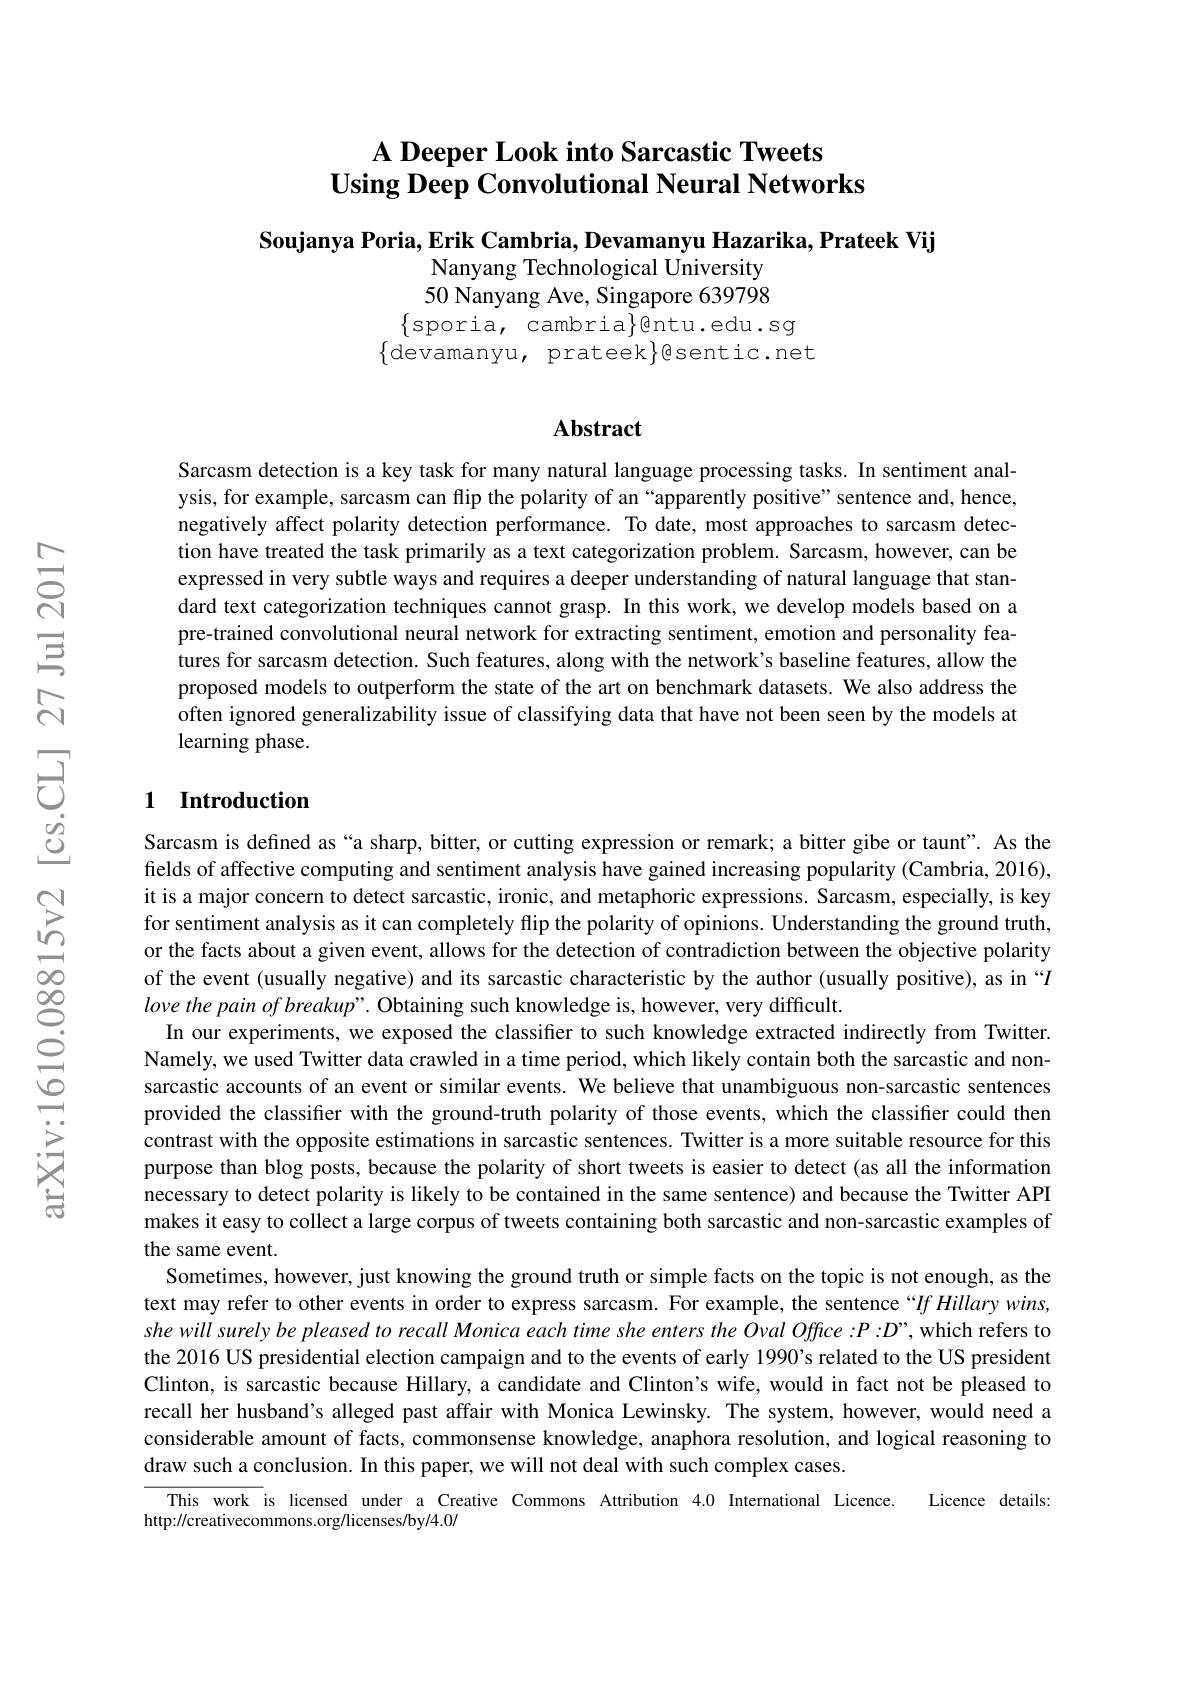
# A Deeper Look into Sarcastic Tweets Using Deep Convolutional Neural Networks

Soujanya Poria, Erik Cambria, Devamanyu Hazarika, Prateek Vij
Nanyang Technological University 50 Nanyang Ave, Singapore 639798 $\{\operatorname{sporia}$,cambria$\}$@ntu.edu.sg $\{$devamanyu, prateek$\}$gsentic.net

# Abstract

Sarcasm detection is a key task for many natural language processing tasks. In sentiment analysis, for example, sarcasm can flip the polarity of an “apparently positive”sentence and, hence, negatively affect polarity detection performance. To date, most approaches to sarcasm detection have treated the task primarily as a text categorization problem. Sarcasm, however, can be expressed in very subtle ways and requires a deeper understanding of natural language that standard text categorization techniques cannot grasp. In this work, we develop models based on a pre-trained convolutional neural network for extracting sentiment, emotion and personality features for sarcasm detection. Such features, along with the network's baseline features, allow the proposed models to outperform the state of the art on benchmark datasets. We also address the often ignored generalizability issue of classifying data that have not been seen by the models at learning phase.

## 1 Introduction

Sarcasm is defined as“a sharp, bitter, or cutting expression or remark; a bitter gibe or taunt". As the fields of affective computing and sentiment analysis have gained increasing popularity (Cambria, 2016), it is a major concern to detect sarcastic, ironic, and metaphoric expressions. Sarcasm, especially, is key for sentiment analysis as it can completely flip the polarity of opinions. Understanding the ground truth, or the facts about a given event, allows for the detection of contradiction between the objective polarity of the event (usually negative) and its sarcastic characteristic by the author (usually positive), as in “$I$ lovethe pain of breakup". Obtaining such knowledge is, however, very difficult
In our experiments, we exposed the classifier to such knowledge extracted indirectly from Twitter. Namely, we used Twitter data crawled in a time period, which likely contain both the sarcastic and nonsarcastic accounts of an event or similar events. We believe that unambiguous non-sarcastic sentences provided the classifier with the ground-truth polarity of those events, which the classifier could then contrast with the opposite estimations in sarcastic sentences. Twitter is a more suitable resource for this purpose than blog posts, because the polarity of short tweets is easier to detect (as all the information necessary to detect polarity is likely to be contained in the same sentence) and because the Twitter API makes it easy to collect a large corpus of tweets containing both sarcastic and non-sarcastic examples of the same event.
Sometimes, however, just knowing the ground truth or simple facts on the topic is not enough, as the text may refer to other events in order to express sarcasm. For example, the sentence“If Hillary wins, she will surely be pleased to recall Monica each time she enters the Oval Office :P :D”, which refers to the 2016 US presidential election campaign and to the events of early 1990's related to the US president Clinton, is sarcastic because Hillary, a candidate and Clinton's wife, would in fact not be pleased to recall her husband's alleged past affair with Monica Lewinsky. The system, however, would need a considerable amount of facts, commonsense knowledge, anaphora resolution, and logical reasoning to draw such a conclusion. In this paper, we will not deal with such complex cases.
This work is licensed under a Creative Commons Attribution 4.0 International Licence. Licence details:
http://creativecommons.org/licenses/by/4.0/